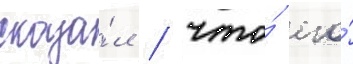
сказа́л / что́ его́